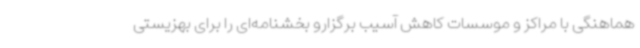
هماهنگی با مراکز و موسسات کاهش آسیب برگزارو بخشنامه‌ای را برای بهزیستی